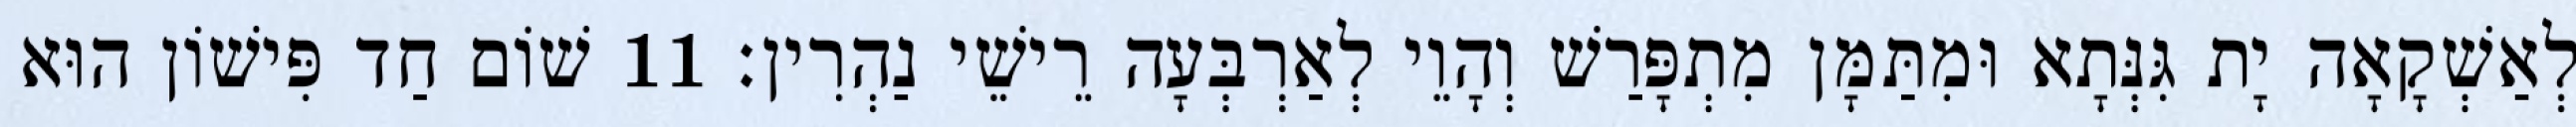
לְאַשְׁקָאָה יָת גִּנְּתָא וּמִתַּמָּן מִתְפָּרַשׁ וְהָוֵי לְאַרְבְּעָה רֵישֵׁי נַהְרִין׃ 11 שׁוֹם חַד פִּישׁוֹן הוּא